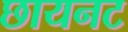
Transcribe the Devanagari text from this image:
छायनट